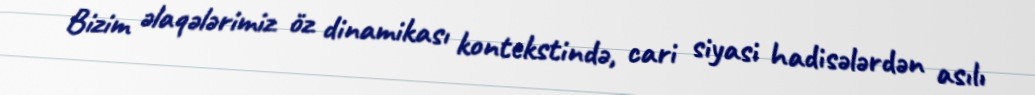
Bizim əlaqələrimiz öz dinamikası kontekstində, cari siyasi hadisələrdən asılı